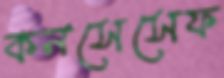
কনসেসেফ